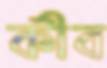
কীব